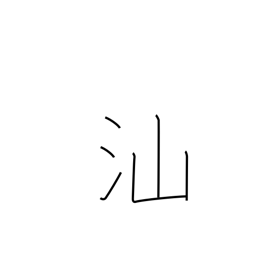
Meaning: fish swimming